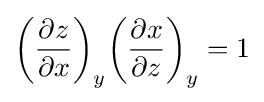
{\left({\frac {\partial z}{\partial x}}\right)}_{y}{\left({\frac {\partial x}{\partial z}}\right)}_{y}=1